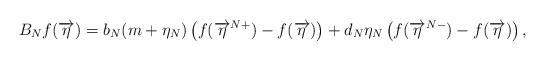
LaTeX: \begin{align*}B_N f(\overrightarrow{\eta})= b_N(m+\eta_N) \left( f(\overrightarrow{\eta}^{N+}) -f(\overrightarrow{\eta}) \right) + d_N \eta_N \left( f(\overrightarrow{\eta}^{N-}) -f(\overrightarrow{\eta}) \right),\end{align*}